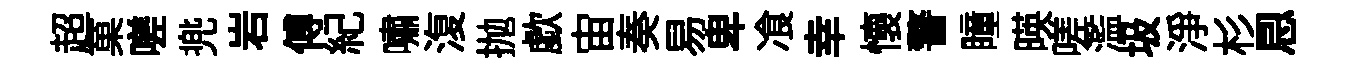
超菓嗟兠岩傅紀嘯𣸪抛歔宙奏易卑飡幸懷警瞳暎嗟濫圾浄杉㤙